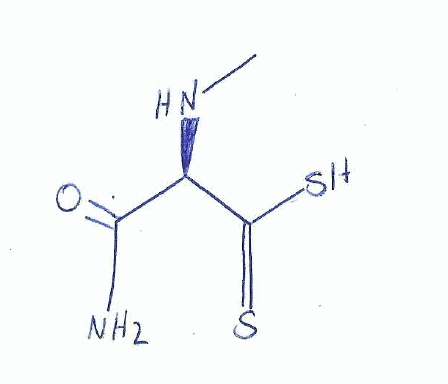
Simplified molecular-input line-entry system (SMILES) notation of the given molecule:
CN[C@H](C(=O)N)C(=S)S